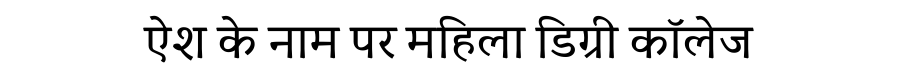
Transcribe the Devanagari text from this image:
ऐश के नाम पर महिला डिग्री कॉलेज